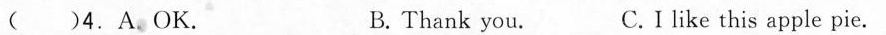
( ) 4.A.OK B.Thank you. C. I like this apple pie.